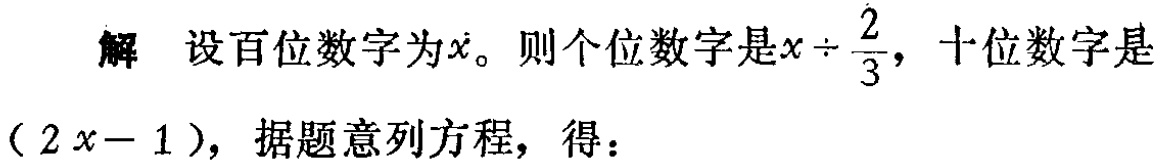
解 设百位数字为\(x\)。则个位数字是\(x\div\frac{2}{3}\)，十位数字是\((2x - 1)\)，据题意列方程，得：